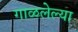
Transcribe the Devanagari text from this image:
गाळलेल्या